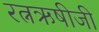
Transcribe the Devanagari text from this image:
रत्नऋषीजी